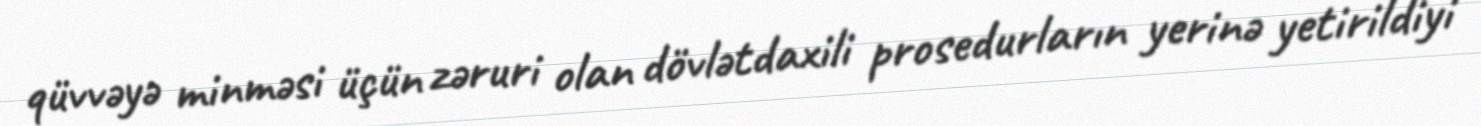
qüvvəyə minməsi üçün zəruri olan dövlətdaxili prosedurların yerinə yetirildiyi